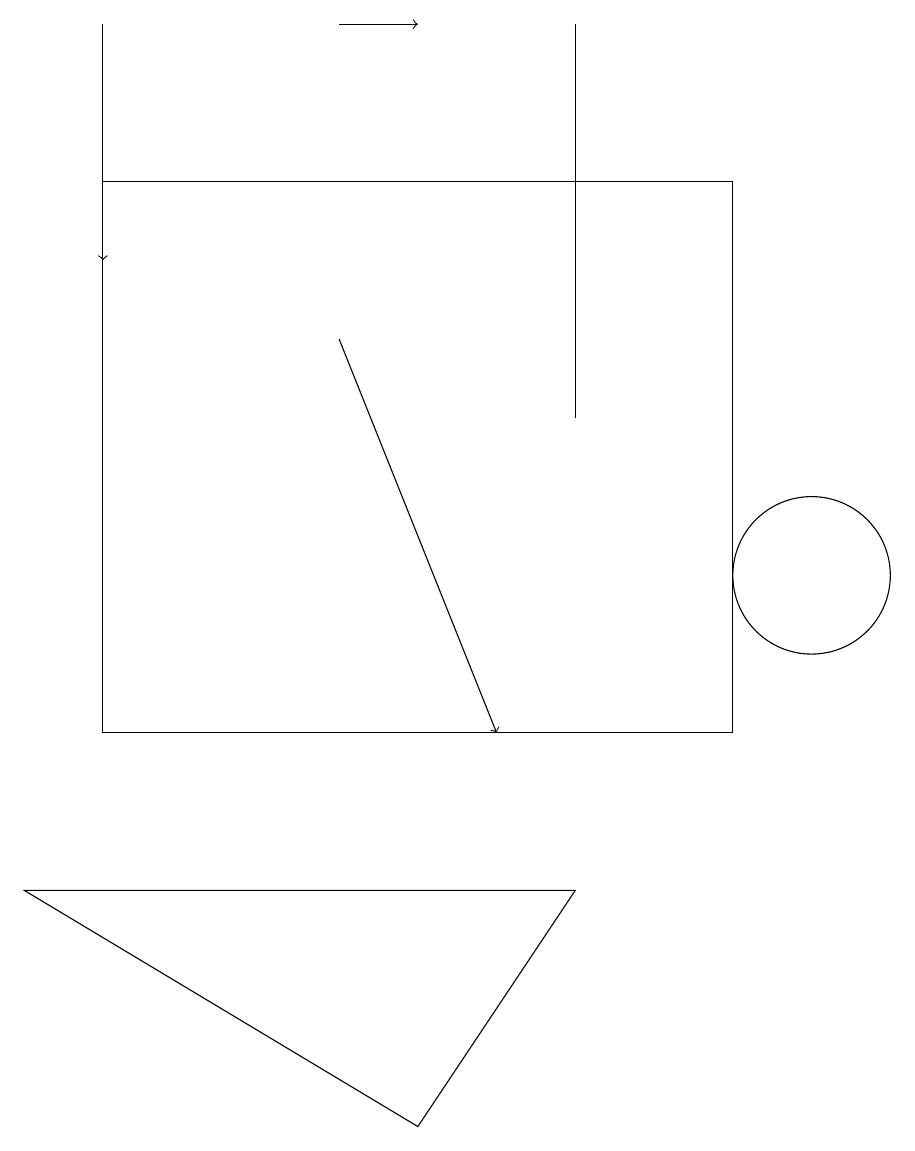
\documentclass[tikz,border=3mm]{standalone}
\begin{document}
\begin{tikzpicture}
\draw (10,12) circle (1);
\draw[->] (1,19) -- (1,16);
\draw[->] (4,15) -- (6,10);
\draw (5,5) -- (7,8) -- (0,8) -- cycle;
\draw (9,17) rectangle (1,10);
\draw (7,19) rectangle (7,14);
\draw[->] (4,19) -- (5,19);
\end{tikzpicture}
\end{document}